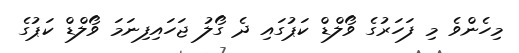
މިހެންވެ މި ފަހަރުގެ ވޯލްޑް ކަޕުގައި ދެ ގޯލު ޖަހައިފިނަމަ ވޯލްޑް ކަޕުގެ